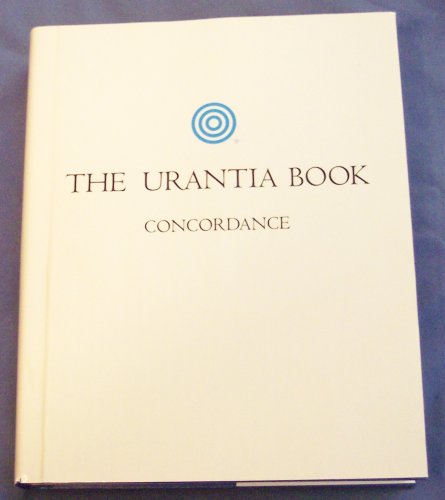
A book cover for The Urantia Book Concordance; The Urantia Foundation; Religion & Spirituality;